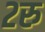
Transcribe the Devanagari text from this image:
२रु